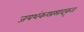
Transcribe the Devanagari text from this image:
जयशंकरप्रसादकृत